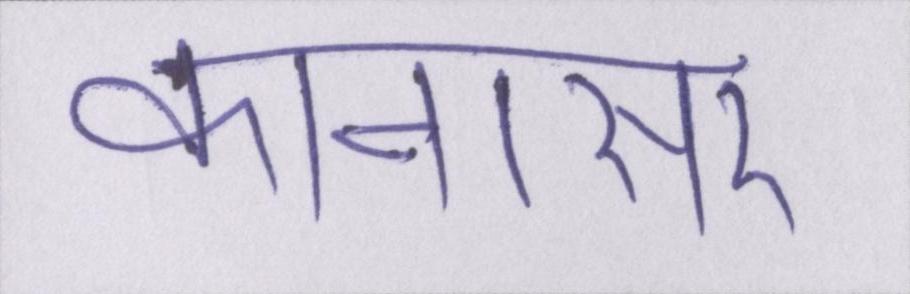
कानासर